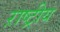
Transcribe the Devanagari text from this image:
ऱाष्ट्रीय